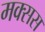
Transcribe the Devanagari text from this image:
मक्सस